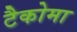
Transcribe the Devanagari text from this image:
टैकोमा